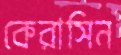
কেরাসিন